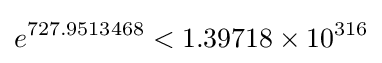
e^{727.9513468}<1.39718\times 10^{316}